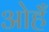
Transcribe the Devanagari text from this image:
ओहँ